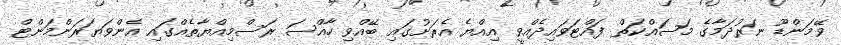
ވޭމަންޑޫ ނަރުދަމާގެ މަސައްކަތް ފައްޓަވައިދެއްވީ އިއްޔެ އެރަށުގައި ބޭއްވި ހާއްސަ ރަސްމިއްޔާތެއްގައި އެންވަޔަރަންމަންޓް